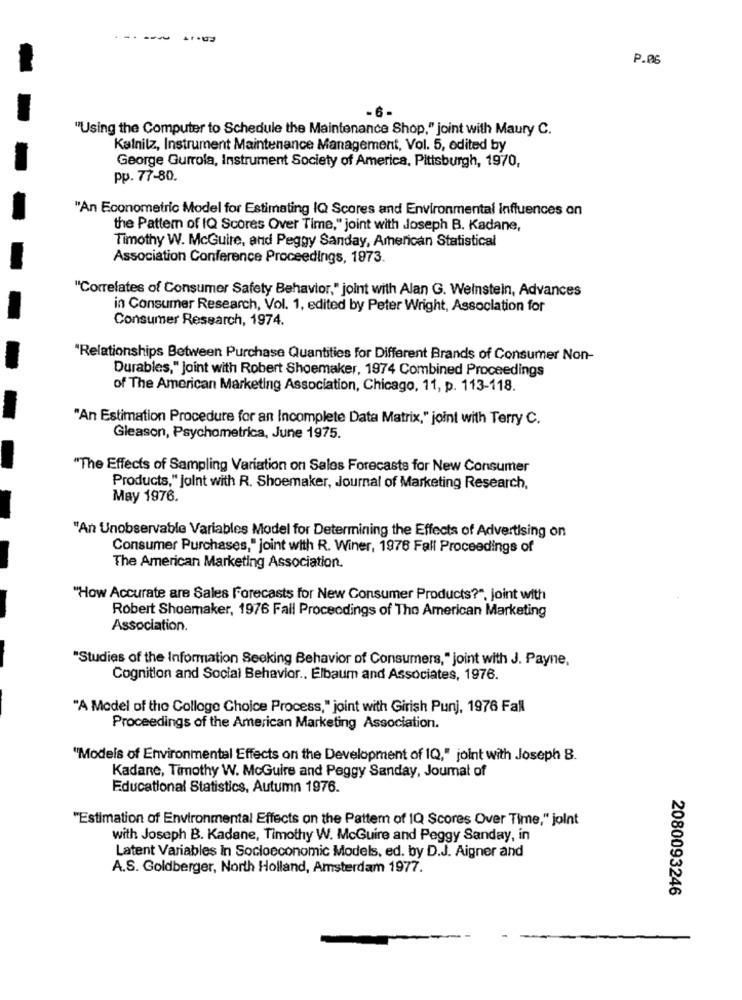
. .
P.06
"Using the Computer to Schedule the Maintenance Shop," joint with Maury C.
Kalnilz, Instrument Maintenance Management, Vol. 5, edited by
George Gurrola, Instrument Society of America, Pittsburgh, 1970,
pp. 77-80.
"An Econometric Model for Estimating IQ Scores and Environmental influences on
the Pattern of IQ Scores Over Time," joint with Joseph B. Kadane,
Timothy W. McGuire, and Peggy Sanday, American Statistical
Association Conference Proceedings, 1973.
"Correlates of Consumer Safety Behavior," joint with Alan G. Weinstein, Advances
in Consumer Research, Vol. 1, edited by Peter Wright, Association for
Consumer Research, 1974.
"Relationships Between Purchase Quantities for Different Brands of Consumer Non-
Durables," joint with Robert Shoemaker, 1974 Combined Proceedings
of The American Marketing Association, Chicago, 11, p. 113-118.
"An Estimation Procedure for an Incomplete Data Matrix," joint with Terry C.
Gleason, Psychometrica, June 1975.
"The Effects of Sampling Variation on Sales Forecasts for New Consumer
Products," joint with R. Shoemaker, Journal of Marketing Research,
May 1976.
"An Unobservable Variables Model for Determining the Effects of Advertising on
Consumer Purchases," joint with R. Winer, 1976 Fall Proceedings of
The American Marketing Association.
"How Accurate are Sales Forecasts for New Consumer Products?", joint with
Robert Shoemaker, 1976 Fall Proceedings of The American Marketing
Association.
"Studies of the Information Seeking Behavior of Consumers," joint with J. Payne,
Cognition and Social Behavior ., Elbaum and Associates, 1976.
"A Model of the Colloge Choice Process," joint with Girish Punj, 1976 Fall
Proceedings of the American Marketing Association.
"Models of Environmental Effects on the Development of 1Q," joint with Joseph B.
Kadane, Timothy W. McGuire and Peggy Sanday, Joumal of
Educational Statistics, Autumn 1976.
"Estimation of Environmental Effects on the Pattern of IQ Scores Over Time," joint
with Joseph B. Kadane, Timothy W. McGuire and Peggy Sanday, in
Latent Variables In Socioeconomic Models, ed. by D.J. Aigner and
A.S. Goldberger, North Holland, Amsterdam 1977.
2080093246